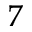
_ 7